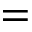
=